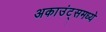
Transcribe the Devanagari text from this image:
अकाउंट्समध्ये